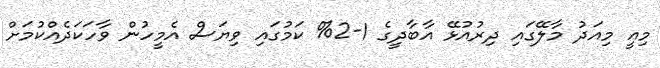
މިއީ މިއަދު މާލޭގައި ދިރުއުޅޭ އާބާދީގެ 1-2% ކަމުގައި ވިޔަސް އެމީހުން ވާހަކަދެއްކުމަށް